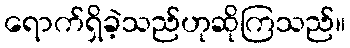
ရောက်ရှိခဲ့သည်ဟုဆိုကြသည်။